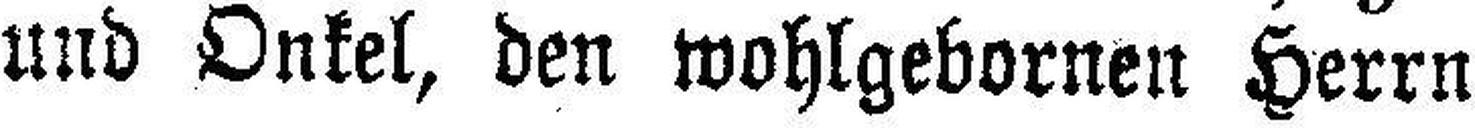
und Onkel, den wohlgebornen Herrn